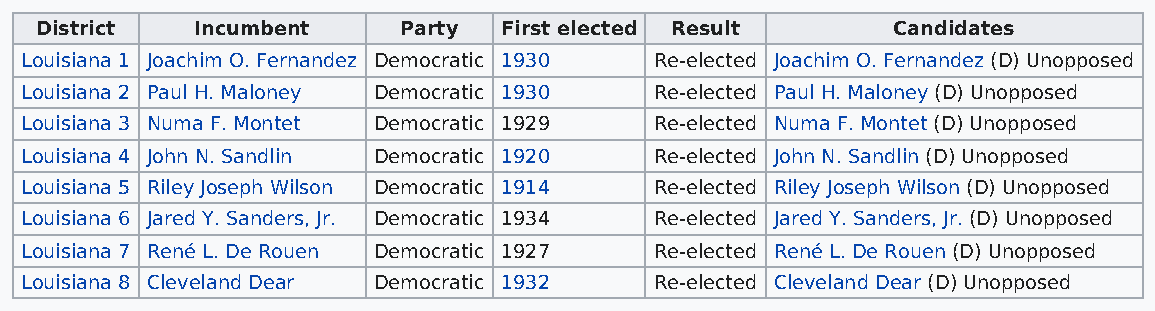
District   Incumbent    Party  First elected Result      Candidates
 Louisiana 1 Joachim O. Fernandez Democratic 1930 Re-elected Joachim O. Fernandez (D) Unopposed
 Louisiana 2 Paul H. Maloney Democratic 1930 Re-elected Paul H. Maloney (D) Unopposed
 Louisiana 3 Numa F. Montet Democratic 1929 Re-elected Numa F. Montet (D) Unopposed
 Louisiana 4 John N. Sandlin Democratic 1920 Re-elected John N. Sandlin (D) Unopposed
 Louisiana 5 Riley Joseph Wilson Democratic 1914 Re-elected Riley Joseph Wilson (D) Unopposed
 Louisiana 6 Jared Y. Sanders, Jr. Democratic 1934 Re-elected Jared Y. Sanders, Jr. (D) Unopposed
 Louisiana 7 René L. De Rouen Democratic 1927 Re-elected René L. De Rouen (D) Unopposed
 Louisiana 8 Cleveland Dear Democratic 1932 Re-elected Cleveland Dear (D) Unopposed